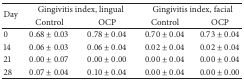
| <ROWSPAN=2> Day | <COLSPAN=2> Gingivitis index, lingual | <COLSPAN=2> Gingivitis index, facial |
 | Control | OCP | Control | OCP |
 | --- | --- | --- | --- | --- |
 | 0 | 0.68 ± 0.03 | 0.78 ± 0.04 | 0.70 ± 0.04 | 0.73 ± 0.04 |
 | 14 | 0.06 ± 0.03 | 0.06 ± 0.04 | 0.02 ± 0.04 | 0.02 ± 0.04 |
 | 21 | 0.00 ± 0.07 | 0.00 ± 0.00 | 0.00 ± 0.04 | 0.00 ± 0.04 |
 | 28 | 0.07 ± 0.04 | 0.10 ± 0.04 | 0.00 ± 0.04 | 0.00 ± 0.00 |